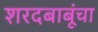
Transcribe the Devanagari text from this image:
शरदबाबूंचा